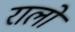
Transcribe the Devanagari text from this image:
रालो